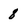
Character: 8